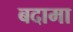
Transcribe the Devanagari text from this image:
बदामा